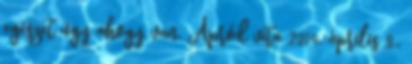
egészet úgy ahogy van. Apród vita 2014. április 8.,